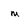
Character: m